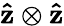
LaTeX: \mathbf{\hat{z}}\otimes\mathbf{\hat{z}}